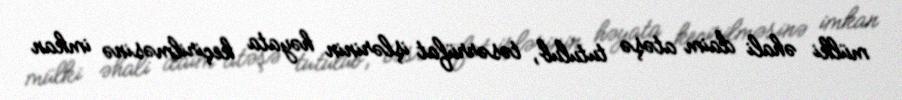
mülki əhali daim atəşə tutulub, təsərrüfat işlərinin həyata keçirilməsinə imkan